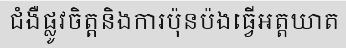
ជំងឺផ្លូវចិត្តនិងការប៉ុនប៉ងធ្វើអត្តឃាត